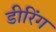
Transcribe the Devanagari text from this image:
डीरिंग